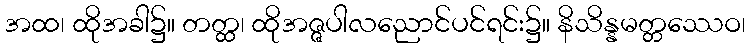
အထ၊ ထိုအခါ၌။ တတ္ထ၊ ထိုအဇ္ဇပါလညောင်ပင်ရင်း၌။ နိသိန္နမတ္တဿေဝ၊